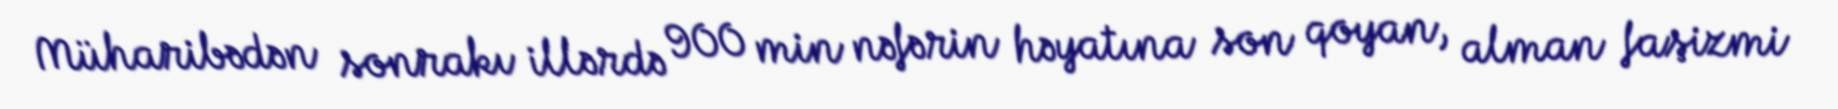
Müharibədən sonrakı illərdə 900 min nəfərin həyatına son qoyan, alman faşizmi